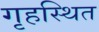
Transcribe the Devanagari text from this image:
गृहस्थित